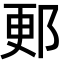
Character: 郠